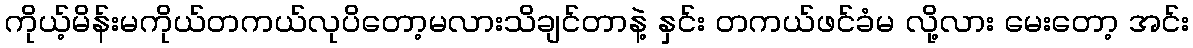
ကိုယ့်မိန်းမကိုယ်တကယ်လုပိတော့မလားသိချင်တာနဲ့ နှင်း တကယ်ဖင်ခံမ လို့လား မေးတော့ အင်း